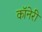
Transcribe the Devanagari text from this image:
कॉनेरी